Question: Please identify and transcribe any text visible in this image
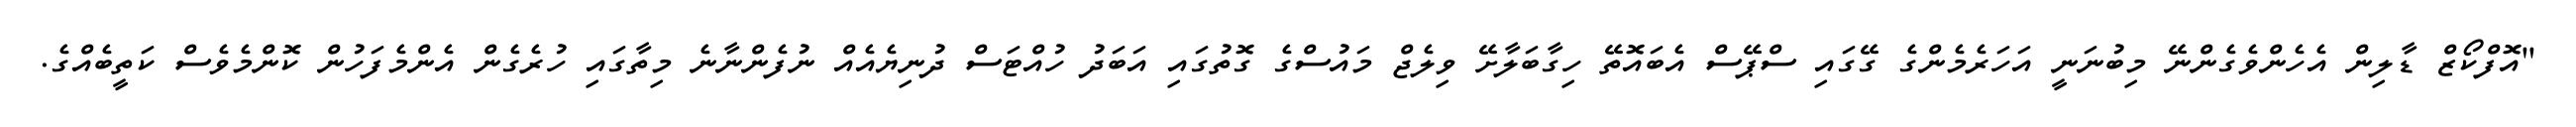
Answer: "އޮފްކޯޒް ޑާލިން އެހެންވެގެންނޭ މިބުނަނީ އަހަރެމެންގެ ގޭގައި ސްޕޭސް އެބައޮތޭ ހިގާބަލާށޭ ވިލެޖް މައުސްގެ ގޮތުގައި އަބަދު ހުއްޓަސް ދުނިޔެއެއް ނުފެންނާނެ މިތާގައި ހުރެގެން އެންމެފަހުން ކޮންމެވެސް ކަތީބެއްގެ.